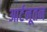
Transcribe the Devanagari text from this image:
आर्टनूतन